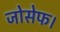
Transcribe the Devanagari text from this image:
जोसेफ।